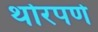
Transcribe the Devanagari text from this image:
थोरपणे